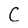
Character: C